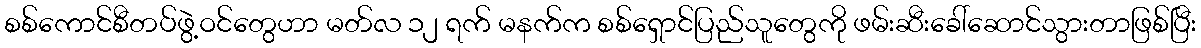
စစ်ကောင်စီတပ်ဖွဲ့ဝင်တွေဟာ မတ်လ ၁၂ ရက် မနက်က စစ်ရှောင်ပြည်သူတွေကို ဖမ်းဆီးခေါ်ဆောင်သွားတာဖြစ်ပြီး